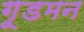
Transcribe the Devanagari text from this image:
गूडमन